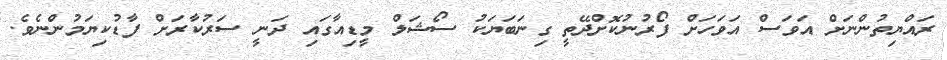
ރައްޔިތުންނަށް އަވަސް އަވަހަށް ފޯރުނުކޮށްދޭތީ ގިނަބަޔަކު ސޯޝަލް މީޑިއާގައި ދަނީ ސަރުކާރަށް ފާޑުކިޔަމުންނެވެ.